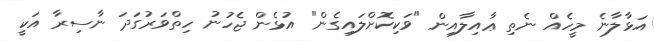
އަޅާލާނެ މީހެއް ނެތި ޢާއިލާއިން "ވަކިކޮށްލައިގެން" އުޅެން ޖެހުނު ހިތްވަރުގަދަ ނާސިރާ އަކީ